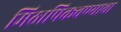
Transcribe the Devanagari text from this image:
मिठापिकवण्याचा